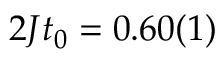
2 J t _ { 0 } = 0 . 6 0 ( 1 )